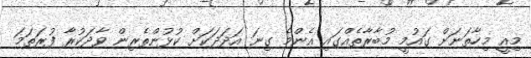
މިއީ މިހާތަނަށް ގައުމީ މުބާރާތެއްގައި އެންމެ ގިނަ އަދަދަކަށް ކުޅުންތެރިން ވާދަކުރާ ފުރަތަމަ